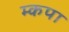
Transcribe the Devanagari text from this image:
म्कपा